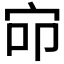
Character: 𰌺